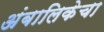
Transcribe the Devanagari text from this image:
अंबालिकेचा